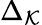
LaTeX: \Delta_{\mathcal{K}}